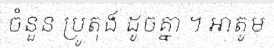
ចំនួន ប្រូតុង ដូចគ្នា ។ អាតូម